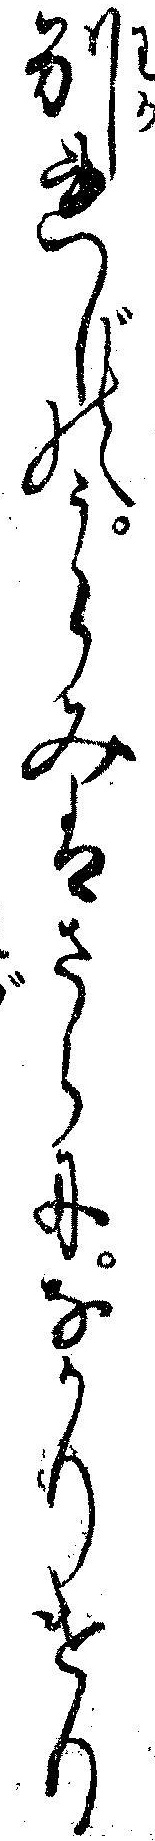
別れじのうらみはさらになかりけり